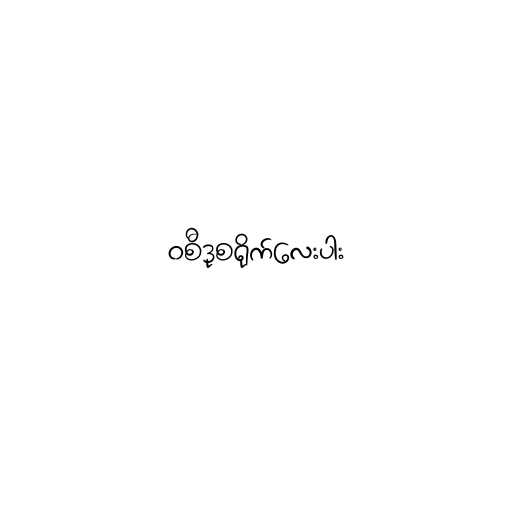
၀စီဒုစရိုက်လေးပါး